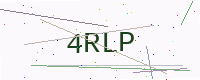
Text: 4RLP